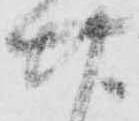
廿